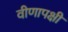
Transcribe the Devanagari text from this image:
वीणापक्षी